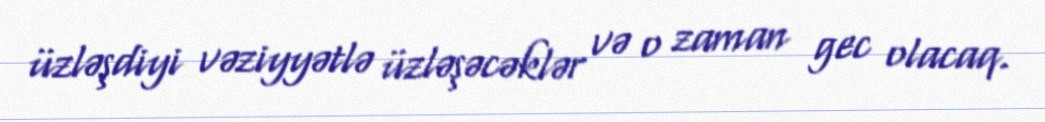
üzləşdiyi vəziyyətlə üzləşəcəklər və o zaman gec olacaq.